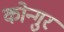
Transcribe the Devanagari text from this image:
कोन्गुर